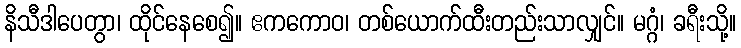
နိသီဒါပေတွာ၊ ထိုင်နေစေ၍။ ဧကကောဝ၊ တစ်ယောက်ထီးတည်းသာလျှင်။ မဂ္ဂံ၊ ခရီးသို့။